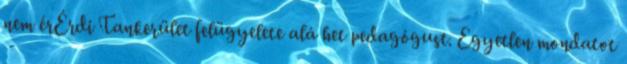
nem érÉrdi Tankerület felügyelete alá het pedagógust. Egyetlen mondatot